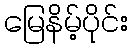
မြေနိမ့်ပိုင်း